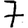
Digit: 7